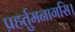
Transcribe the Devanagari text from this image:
प्रहर्तुमनागसि।